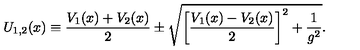
U _ { 1 , 2 } ( x ) \equiv { \frac { V _ { 1 } ( x ) + V _ { 2 } ( x ) } { 2 } } \pm \sqrt { \left[ { \frac { V _ { 1 } ( x ) - V _ { 2 } ( x ) } { 2 } } \right] ^ { 2 } + { \frac { 1 } { g ^ { 2 } } } } .